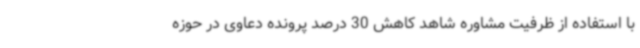
با استفاده از ظرفیت مشاوره شاهد کاهش 30 درصد پرونده دعاوی در حوزه